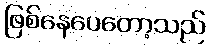
ဖြစ်နေပေတော့သည်